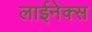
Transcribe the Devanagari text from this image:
लाईनेक्स